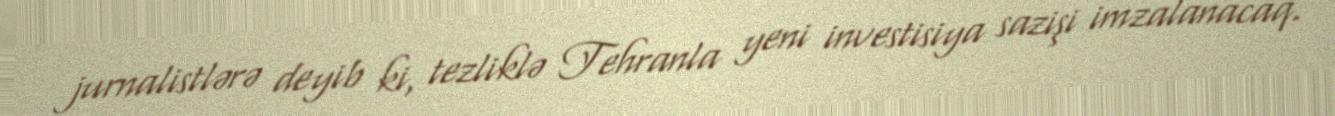
jurnalistlərə deyib ki, tezliklə Tehranla yeni investisiya sazişi imzalanacaq.